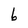
Character: 6